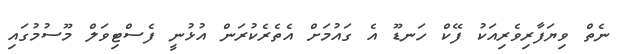
ނެތް ވިޔަފާރިވެރިއަކު ފޭކް ހަނޑޫ އެ ގައުމަށް އެތެރެކުރަން އުޅުނީ ފެސްޓިވަލް މޫސުމުގައި